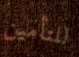
للتأمين